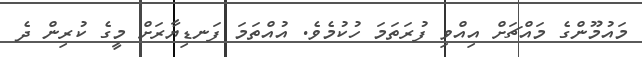
މައުމޫންގެ މައްޗަށް އިއްވި ފުރަތަމަ ހުކުމެވެ. އުއްތަމަ ފަނޑިޔާރަށް މީގެ ކުރިން ދެ